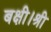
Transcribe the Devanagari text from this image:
बक्षी।श्री